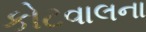
કોટવાલના